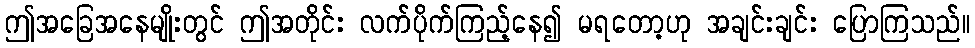
ဤအခြေအနေမျိုးတွင် ဤအတိုင်း လက်ပိုက်ကြည့်နေ၍ မရတော့ဟု အချင်းချင်း ပြောကြသည်။